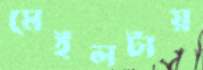
মেইলটায়